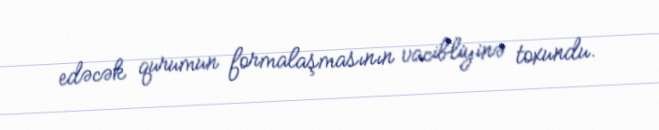
edəcək qurumun formalaşmasının vacibliyinə toxundu.